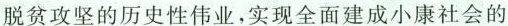
脱贫攻坚的历史性伟业，实现全面建成小康社会的